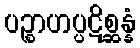
ပဉ္စာဟပ္ပဋိစ္ဆန္နံ